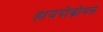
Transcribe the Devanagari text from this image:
हायपोब्रोमस